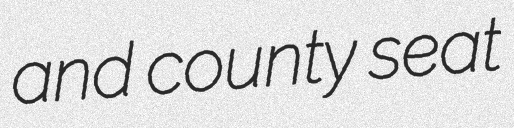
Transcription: and county seat